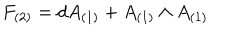
LaTeX: F _ { ( 2 ) } = d A _ { ( 1 ) } + A _ { ( 1 ) } \wedge A _ { ( 1 ) }